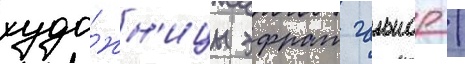
худо́жн'ицы эфрат гальнор /